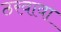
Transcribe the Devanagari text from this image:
ठरवावा